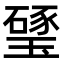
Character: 㻹